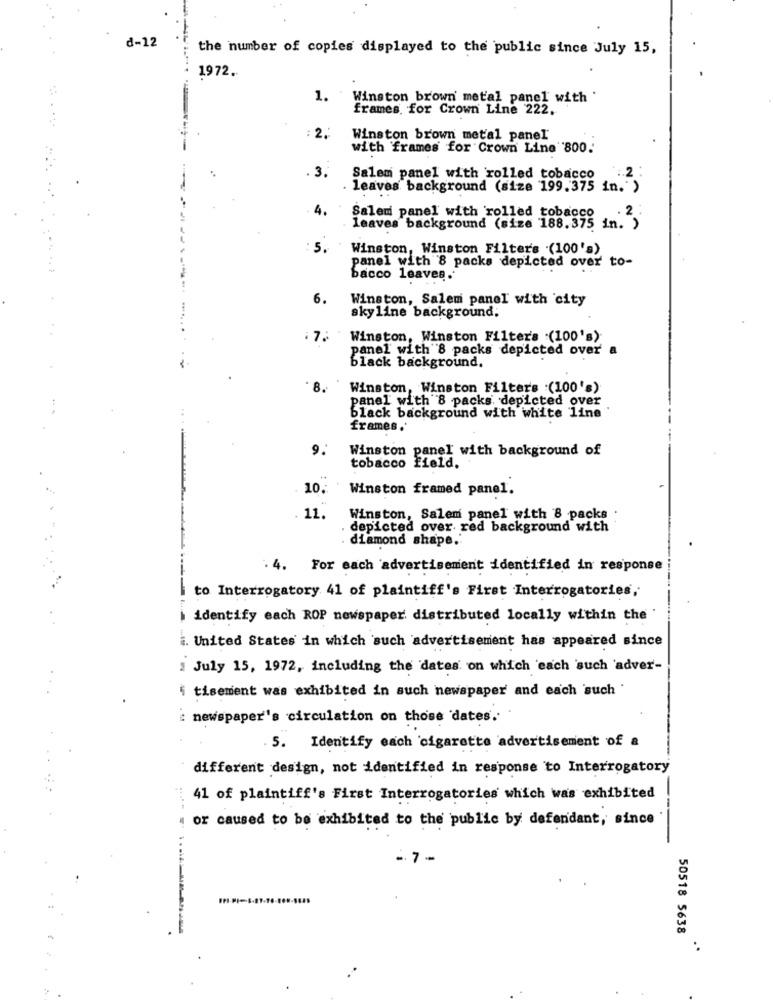
d-12
the number of copies displayed to the public since July 15,
1972.
1.
Winston brown' metal panel with '
frames. for Crown Line 222.
2.
Winston brown metal panel
with 'frames for Crown Line 800.
.3.
Salem panel with rolled tobacco
leaves background (size 199.375 in.">
4.
Salemi panel with rolled tobacco
leaves background (size 188.375 in. ")
5.
Winston, Winston Filters .(100's)
panel with 8 packs depicted over to-
bacco leaves.
6.
Winston, Salem panel with city
skyline background;
: 7.
Winston, Winston Filter's .(100's)
panel with 8 packs depicted over
black background.
Winston, Winston Filter's :(100's)
panel with 8 packs depicted over
black background with white line
frames.'
9.
Winston panel with background of
tobacco field.
10.
Winston framed panel.
11.
Winston, Salem panel with 8 packs
depicted over red background with
diamond shape ..
. 4. For each advertisement identified in response
to Interrogatory 41 of plaintiff's First Interrogatories,
identify each ROP newspaper distributed locally within the
i. United States in which such advertisement has appeared since
: July 15, 1972, including the dates on which each such 'adver-
i tisement was exhibited in such newspaper and each such "
: newspaper's circulation on those dates.'
5. Identify each cigarette advertisement of a
different design, not identified in response to Interrogatory
41 of plaintiff's First Interrogatories which was exhibited
or caused to be exhibited to the public by defendant, since
-7-
50518 5638
.